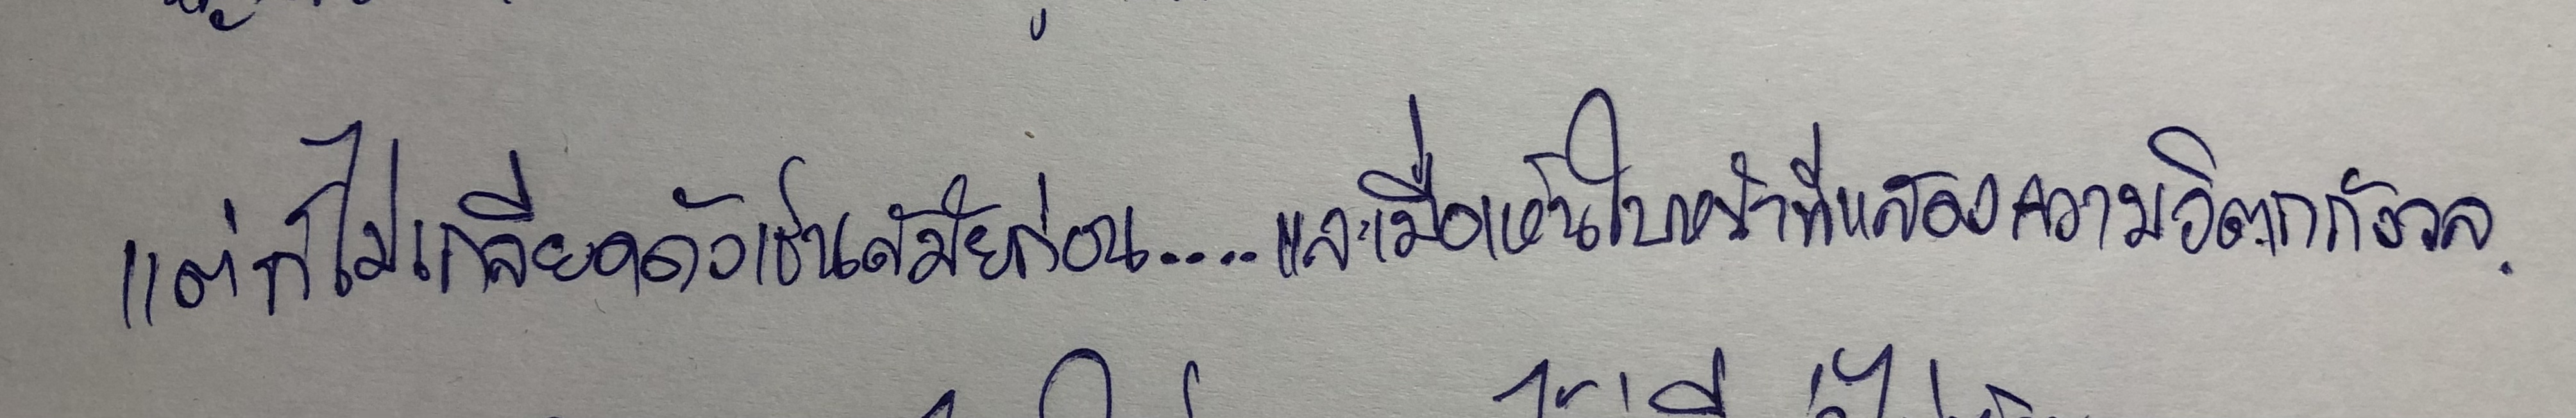
แต่ก็ไม่เกลียดดังเช่นสมัยก่อน....และเมื่อเห็นใบหน้าที่แสดงความวิตกกังวล